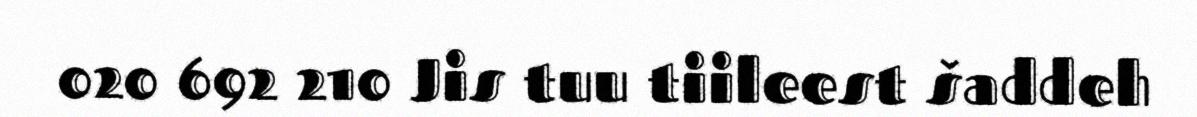
020 692 210 Jis tuu tiileest šaddeh